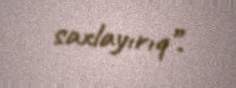
saxlayırıq”.